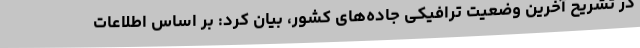
در تشریح آخرین وضعیت ترافیکی جاده‌های کشور‌، بیان کرد: بر اساس اطلاعات